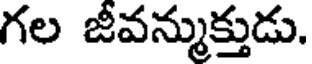
గల జీవన్ముక్తుడు.